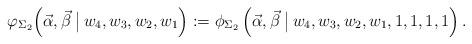
LaTeX: \begin{align*} \varphi_{\Sigma_2}\Big(\vec{\alpha}, \vec{\beta} \; \big| \, w_4, w_3, w_2, w_1\Big): =\phi_{\Sigma_2}\left(\vec{\alpha}, \vec{\beta} \; \big| \,w_4, w_3, w_2, w_1, 1, 1, 1, 1\right) .\end{align*}